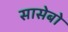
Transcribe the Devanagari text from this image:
सासेबो